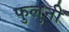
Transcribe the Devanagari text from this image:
फुलुनी